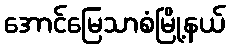
အောင်မြေသာစံမြို့နယ်